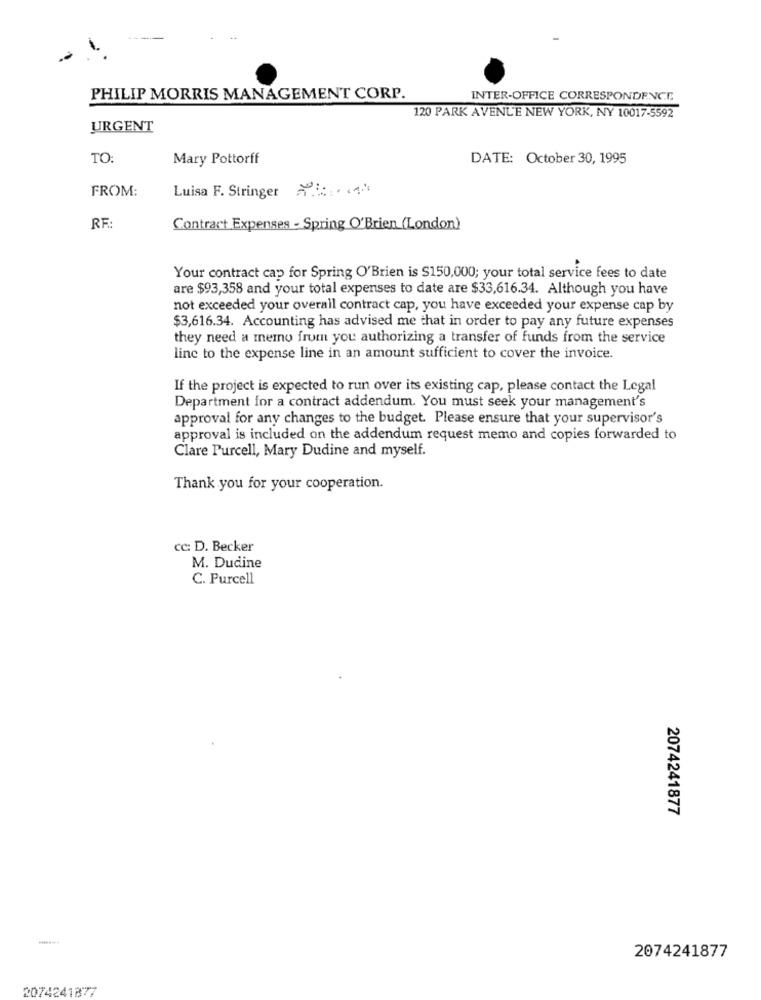
PHILIP MORRIS MANAGEMENT CORP.
INTER-OFFICE CORRESPONDENCE
120 PARK AVENUE NEW YORK, NY 10017-5592
URGENT
TO:
Mary Pottorff
DATE: October 30, 1995
FROM
Luisa F. Stringer > ... . (44
RF:
Contract Expenses - Spring O'Brien (London)
Your contract cap for Spring O'Brien is $150,000; your total service fees to date
are $93,358 and your total expenses to date are $33,616.34. Although you have
not exceeded your overall contract cap, you have exceeded your expense cap by
$3,616.34. Accounting has advised me that in order to pay any future expenses
they need a memo from you authorizing a transfer of funds from the service
line to the expense line in an amount sufficient to cover the invoice.
If the project is expected to run over its existing cap, please contact the Legal
Department for a contract addendum. You must seek your management's
approval for any changes to the budget. Please ensure that your supervisor's
approval is included on the addendum request memo and copies forwarded to
Clare Purcell, Mary Dudine and myself.
Thank you for your cooperation.
cc: D. Becker
M. Dudine
C. Purcell
2074241877
2074241877
2074241877